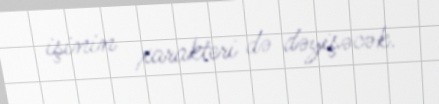
işinin xarakteri də dəyişəcək.